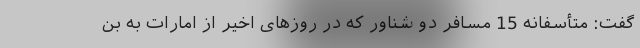
گفت: متأسفانه 15 مسافر دو شناور که در روزهای اخیر از امارات به بن